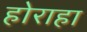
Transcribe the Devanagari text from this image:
होराहा